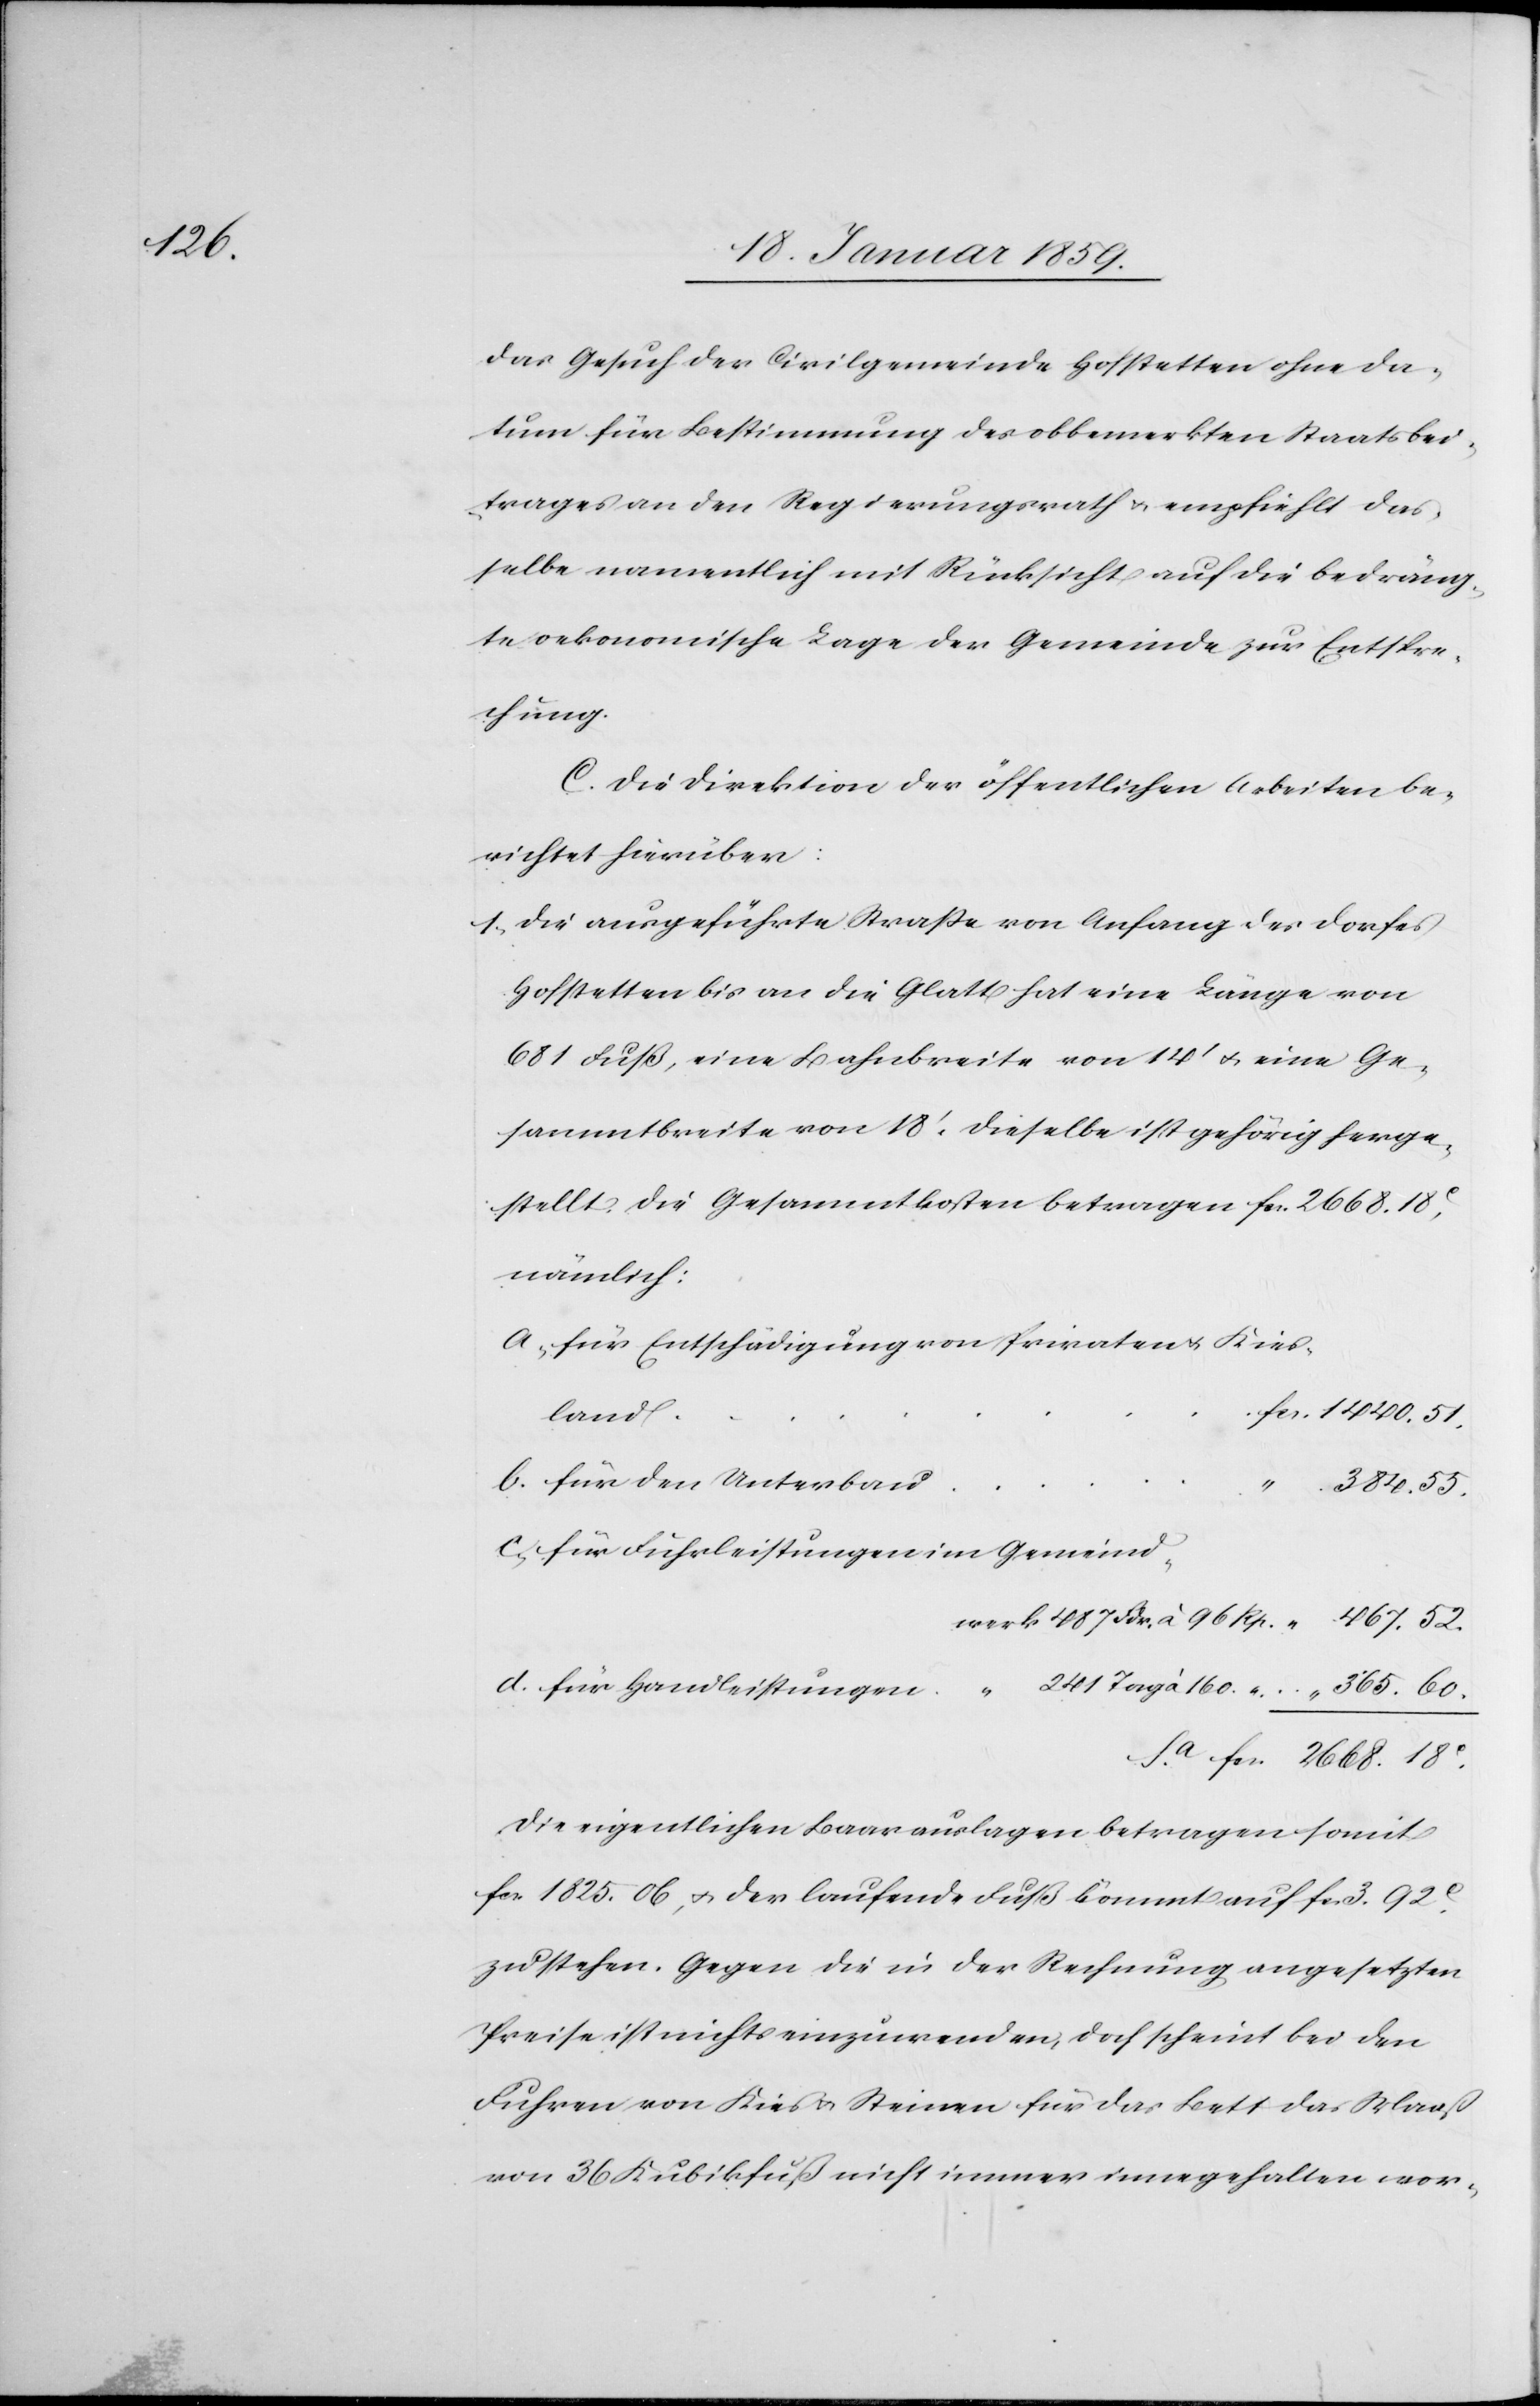
365.60.

das Gesuch der Civilgemeinde Hofstetten ohne Da¬
tum für Bestimmung des obbemerkten Staatsbei¬
trages an den Regierungsrath u. empfiehlt das¬
selbe namentlich mit Rücksicht auf die bedräng¬
te oekonomische Lage der Gemeinde zur Entspre¬
chung.
C. Die Direktion der öffentlichen Arbeiten be¬
richtet hierüber:
1. Die ausgeführte Straße von Anfang des Dorfes
Hofstetten bis an die Glatt hat eine Länge von
681 Fuß, eine Bahnbreite von 14' u. eine Ge¬
sammtbreite von 18'. Dieselbe ist gehörig herge¬
stellt. Die Gesammtkosten betragen fcs. 2668.18c,
nämlich:
land
b. für den Unterbau
.
384.55.
Die eigentlichen Baarauslagen betragen somit
fcs. 1825.06, u. der laufende Fuß kömmt auf fcs 3.92c.
zu stehen. Gegen die in der Rechnung angesetzten
Preise ist nichts einzuwenden, doch scheint bei den
Fuhren von Kies u. Steinen für das Bett das Maaß
von 36 Kubikfuß nicht immer innegehalten wor-